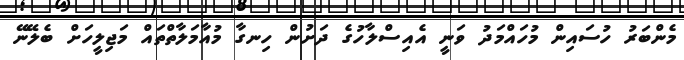
މެންބަރު ހުސައިން މުހައްމަދު ވަނީ އެއިސްލާހުގެ ދަށުން ހިނގާ މުއާމަލާތްތައް މަޖިލީހަށް ބެލޭނޭ